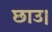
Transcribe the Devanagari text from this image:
छाउ।